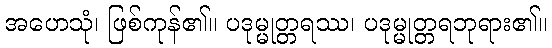
အဟေသုံ၊ ဖြစ်ကုန်၏။ ပဒုမ္မုတ္တရဿ၊ ပဒုမ္မုတ္တရဘုရား၏။